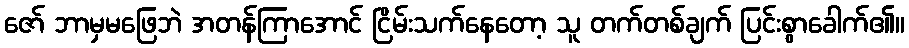
ဇော် ဘာမှမဖြေဘဲ အတန်ကြာအောင် ငြိမ်းသက်နေတော့ သူ တက်တစ်ချက် ပြင်းစွာခေါက်၏။